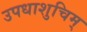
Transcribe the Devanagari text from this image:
उपधाशुचिम्